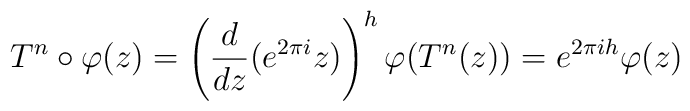
T^n\circ \varphi(z)=\left(\frac{d}{dz}(e^{2\pi i}z)\right)^h\varphi(T^n(z))=e^{2\pi ih}\varphi(z)